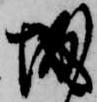
城